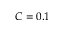
C = 0 . 1